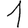
Digit: 1